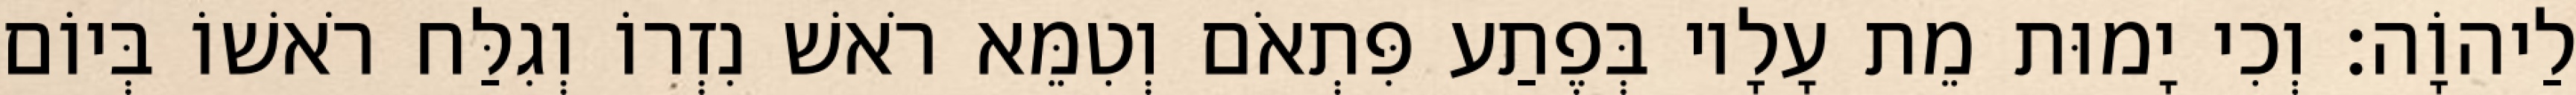
לַיהוָֹה׃ וְכִי יָמוּת מֵת עָלָיו בְּפֶתַע פִּתְאֹם וְטִמֵּא רֹאשׁ נִזְרוֹ וְגִלַּח רֹאשׁוֹ בְּיוֹם